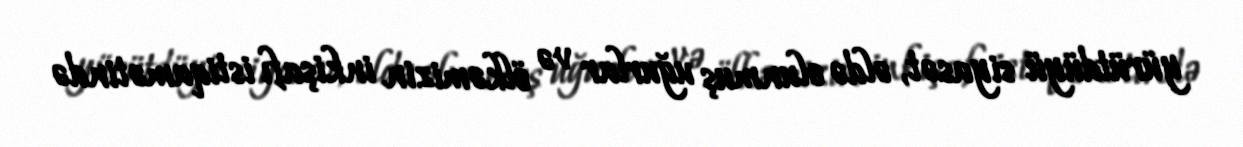
yürütdüyü siyasət, əldə olunmuş uğurlar və ölkəmizin inkişafı istiqamətində